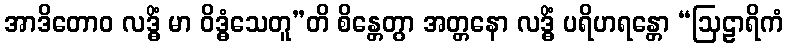
အာဒိတောဝ လဒ္ဓိံ မာ ဝိဒ္ဓံသေတူ”တိ စိန္တေတွာ အတ္တနော လဒ္ဓိံ ပရိဟရန္တော “ဩဠာရိကံ